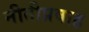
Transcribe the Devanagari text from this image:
नीतीप्रवाह